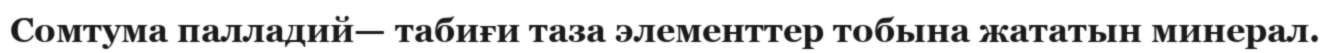
Сомтума палладий— табиғи таза элементтер тобына жататын минерал.